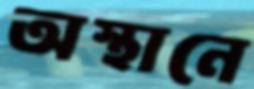
অস্থানে